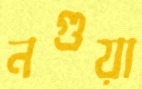
নগুয়া